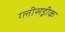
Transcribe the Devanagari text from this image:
ग्लीसड्रीक